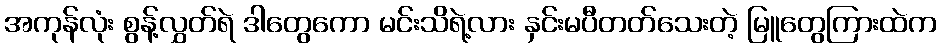
အကုန်လုံး စွန့်လွှတ်ရဲ ဒါတွေကော မင်းသိရဲ့လား နှင်းမပီတတ်သေးတဲ့ မြူတွေကြားထဲက